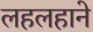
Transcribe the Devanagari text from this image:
लहलहाने